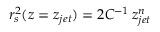
r _ { s } ^ { 2 } ( z = z _ { j e t } ) = 2 C ^ { - 1 } \, z _ { j e t } ^ { n }